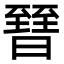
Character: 㬜